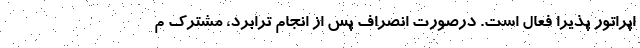
اپراتور پذیرا فعال است. درصورت انصراف پس از انجام ترابرد، مشترک م